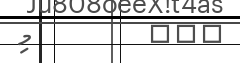
١٥٥         މި